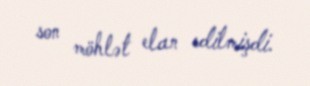
son möhlət elan edilmişdi.